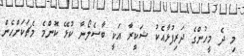
މި ދެ މީހުންގެ ދަރިފުޅާއެކު ޝަކީރާ އަކީ ބާސެލޯނާ ކުޅޭ ކޮންމެ މެޗަކަށްހެން